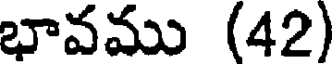
భావము (42)